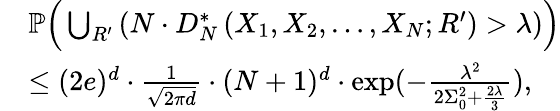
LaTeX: \begin{array}{rl}&{\mathbb{P}\Big(\bigcup_{R^{\prime}}\left(N\cdot D_{N}^{*}\left(X_{1},X_{2},\ldots,X_{N};R^{\prime}\right)>\lambda\right)\Big)}\\ &{\leq(2e)^{d}\cdot\frac{1}{\sqrt{2\pi d}}\cdot(N+1)^{d}\cdot\exp(-\frac{\lambda^{2}}{2\Sigma_{0}^{2}+\frac{2\lambda}{3}}),}\end{array}